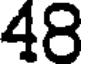
48